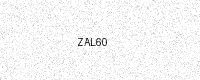
Text: ZAL60